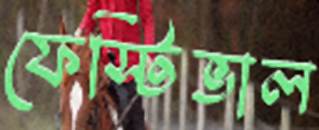
ফেস্টিভাল